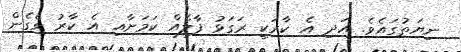
ނިޔަތުގައެވެ. އަދި އެ ކާރަކީ ރަގަޅު ފާލެއް ކަމަށާއި އެ ކާރު ވެގެން